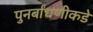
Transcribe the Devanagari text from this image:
पुनर्बांधणीकडे